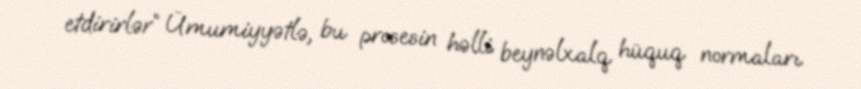
etdirirlər” Ümumiyyətlə, bu prosesin həlli beynəlxalq hüquq normaları